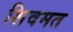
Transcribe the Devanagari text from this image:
शिवमत